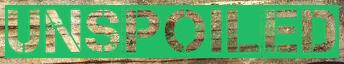
UNSPOILED